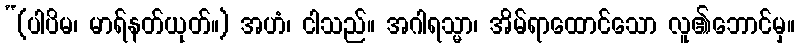
“(ပါပိမ၊ မာရ်နတ်ယုတ်။) အဟံ၊ ငါသည်။ အဂါရသ္မာ၊ အိမ်ရာထောင်သော လူ၏ဘောင်မှ။